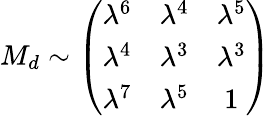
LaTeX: M_{d}\sim\left(\begin{array}{ccc}{{\lambda^{6}}}&{{\lambda^{4}}}&{{\lambda^{5}}}\\ {{\lambda^{4}}}&{{\lambda^{3}}}&{{\lambda^{3}}}\\ {{\lambda^{7}}}&{{\lambda^{5}}}&{{1}}\end{array}\right)